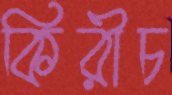
কিরীচ